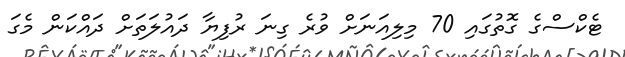
ޓެކްސްގެ ގޮތުގައި 70 މިލިއަނަށް ވުރެ ގިނަ ރުފިޔާ ދައުލަތަށް ދައްކަން މެގަ